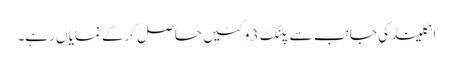
انگلینڈ کی جانب سے پلنکٹ 3 وکٹیں حاصل کرکے نمایاں رہے۔